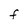
Character: F